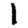
Digit: 1